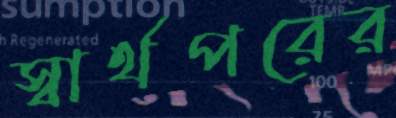
স্বার্থপরের